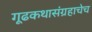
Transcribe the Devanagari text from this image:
गूढकथासंग्रहाचेच